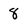
Character: 8